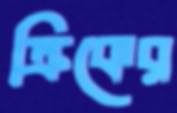
ক্রিকের